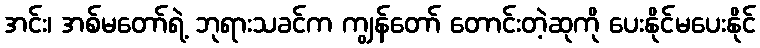
အင်း၊ အစ်မတော်ရဲ့ ဘုရားသခင်က ကျွန်တော် တောင်းတဲ့ဆုကို ပေးနိုင်မပေးနိုင်